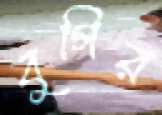
বুগির